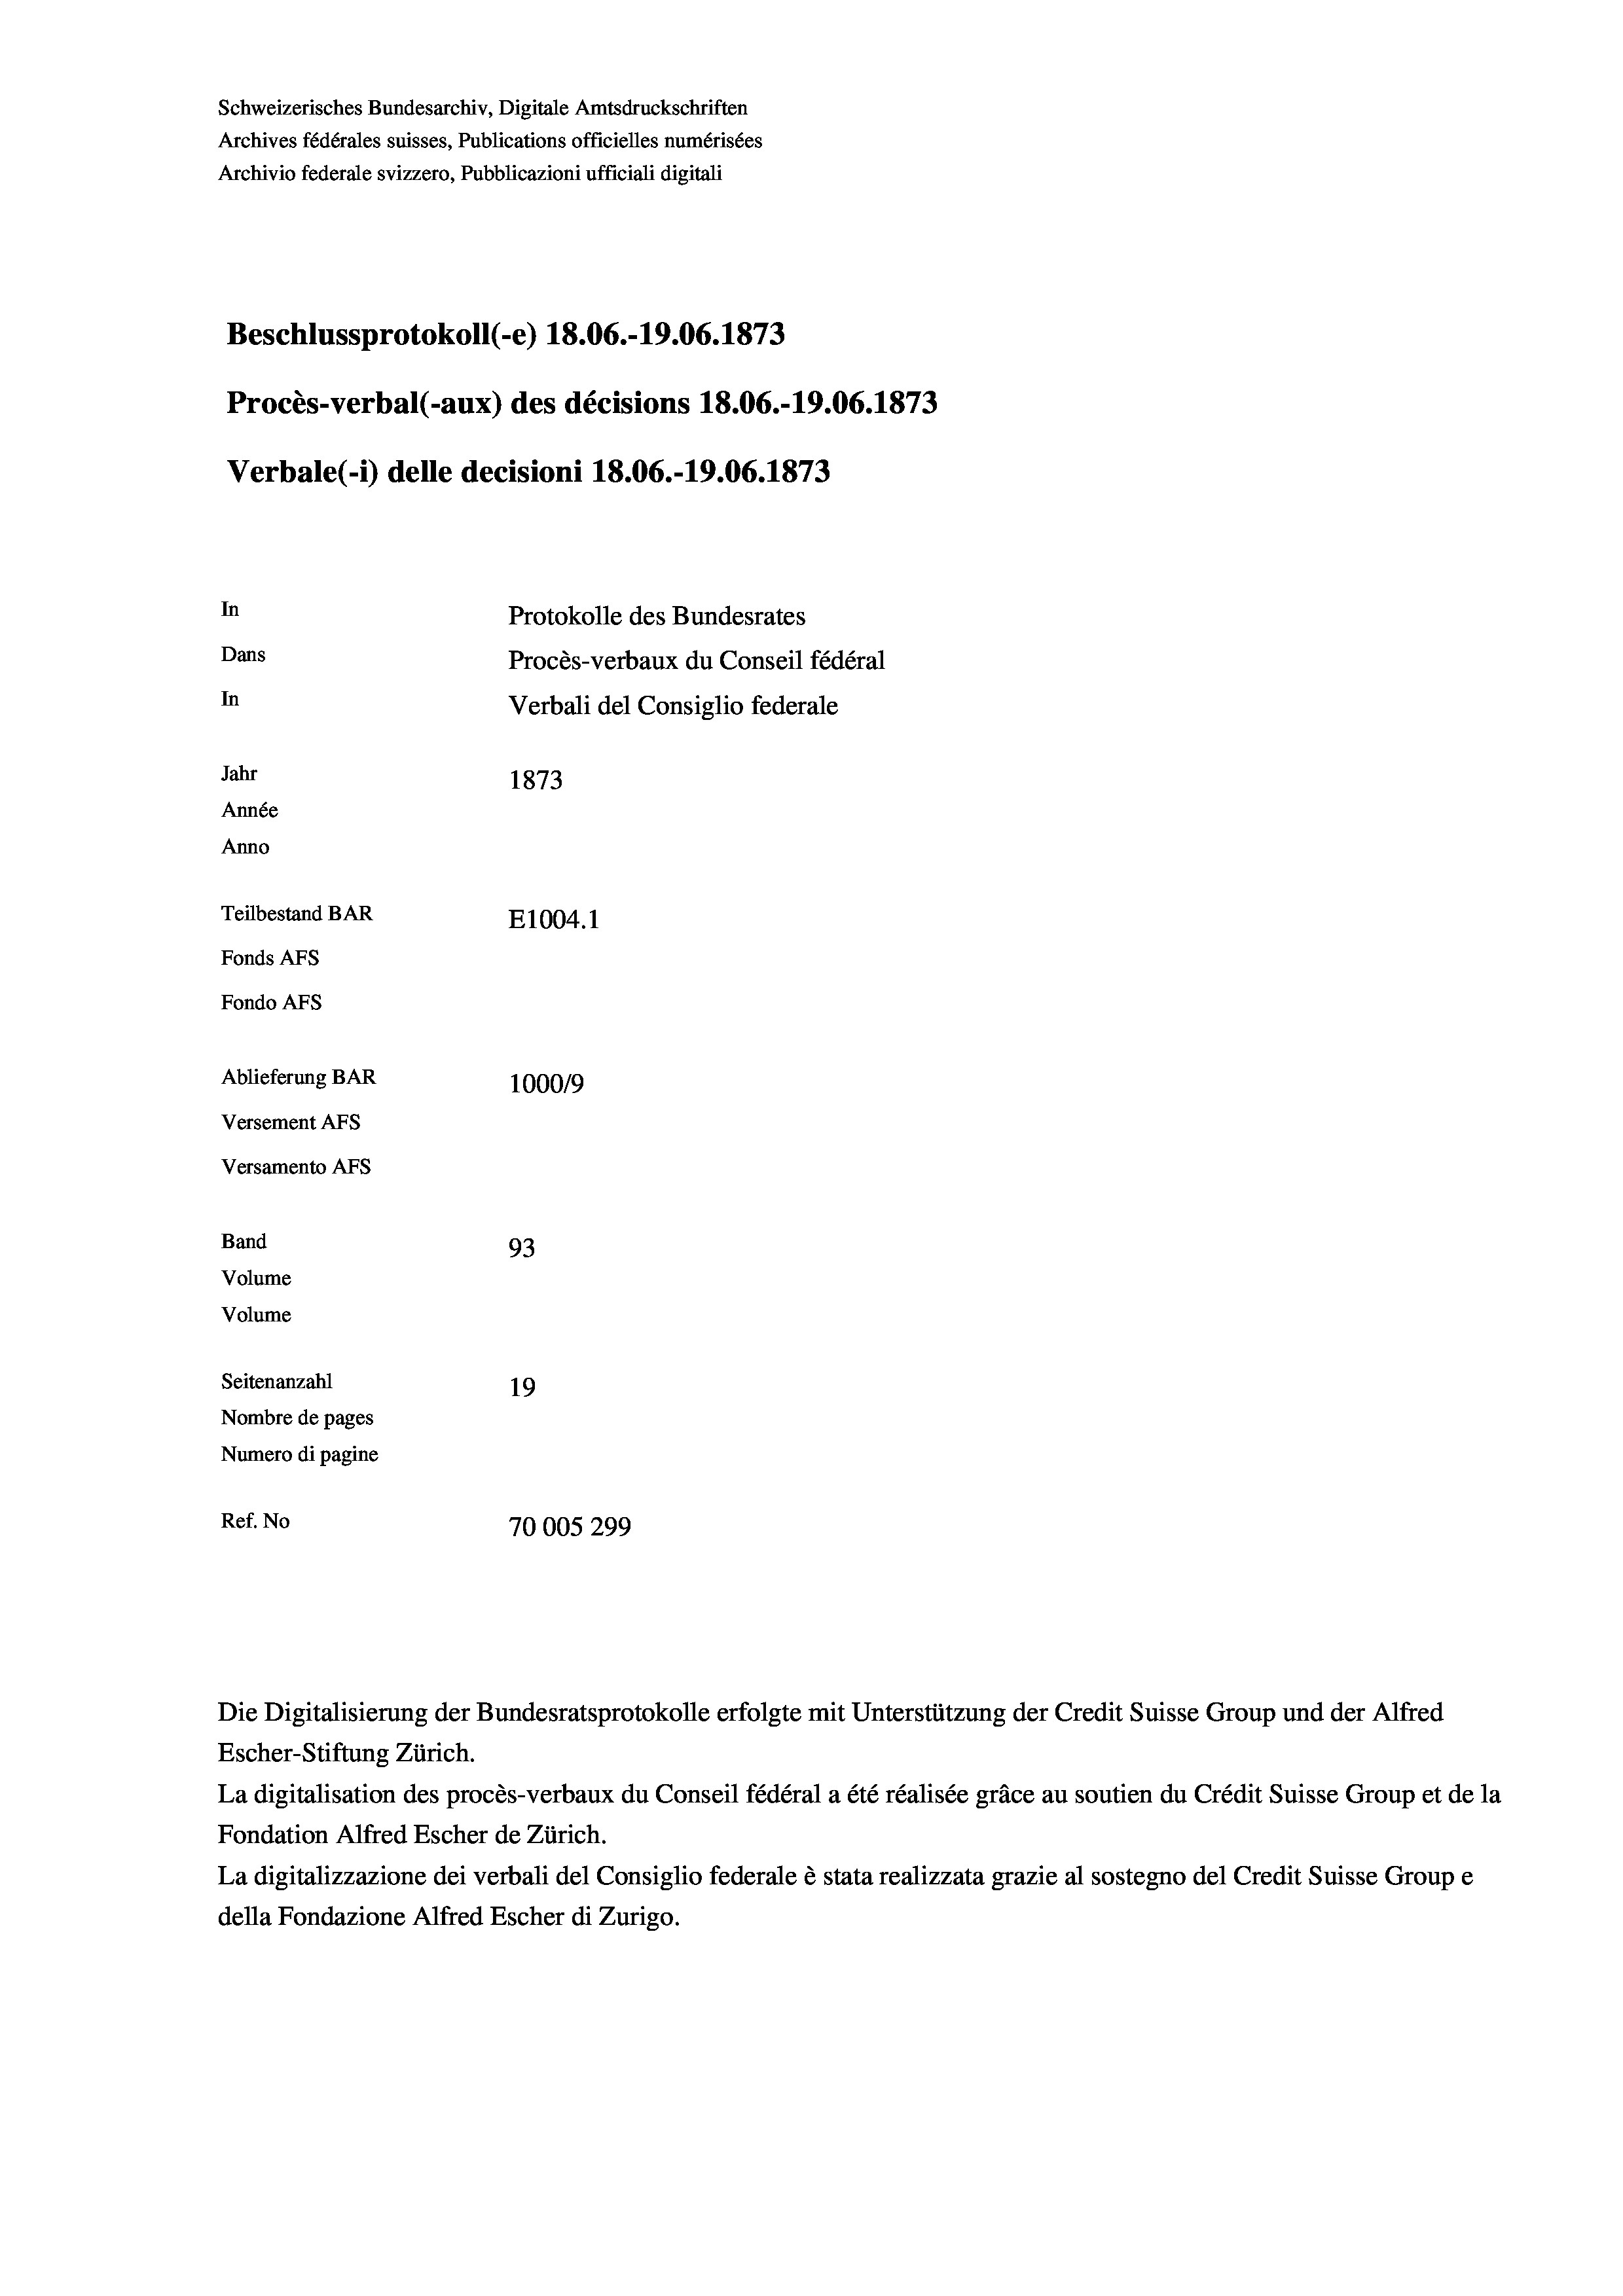
Schweizerisches Bundesarchiv, Digitale Amtsdruckschriften
Archives fédérales suisses, Publications officielles numérisées
Archivio federale svizzero, Pubblicazioni ufficiali digitali
Beschlussprotokoll (-e) 18.06.-19.06. 1873
Procès-verbal (-aux) des décisions 18.06.-19.06. 1873
Verbale (i) delle decisioni 18.06.-19.06. 1873
In
Protokolle des Bundesrates
Dans
Procès-verbaux du Conseil fédéral
In
Verbali del Consiglio federale
Jahr
1873
Année
Anno
Teilbestand BAR
E1004.1
Fonds AFs
Fondo AFs
Ablieferung BAR
1000/9
Versement AFs
Versamento Afs
Band
93
Volume
Volume
Seitenanzahl
19
Nombre de pages
Numero di pagine

Ref. No
70005 299

Escher-Stiftung Zürich.
La digitalisation des procès-verbaux du Conseil fédéral a été réalisée gräce au soutien du Crédit Suisse Group et de la
Fondation Alfred Escher de Zürich.
La digitalizzazione dei verbali del Consiglio federale è stata realizzata grazie al sostegno del Credit Suisse Groupe
della Fondazione Alfred Escher di Zurigo.

Die Digitalisierung der Bundesratsprotokolle erfolgte mit Unterstützung der Credit Suisse Group und der Alfred